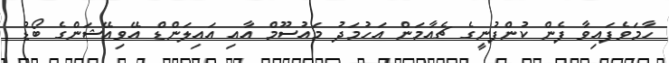
ހާމަވެފައިވާ ފެން ކުންފުނީގެ ޗެއާމަން އަހުމަދު މައުސޫމް އާއި އައިލަންޑް އޭވިއޭޝަންގެ ބޯޑު